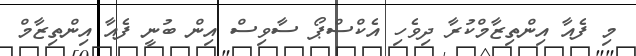
މި ފެއާ އިންތިޒާމްކުރާ ދިވެހި އެކްސްޕޯ ސާވިސް އިން ބުނީ ފެއާ އިންތިޒާމް